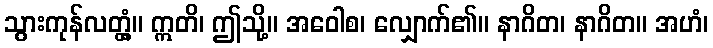
သွားကုန်လတ္တံ့။ ဣတိ၊ ဤသို့။ အဝေါစ၊ လျှောက်၏။ နာဂိတ၊ နာဂိတ။ အဟံ၊